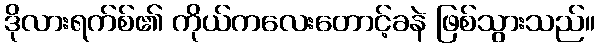
ဒိုလားရက်စ်၏ ကိုယ်ကလေးတောင့်ခနဲ ဖြစ်သွားသည်။